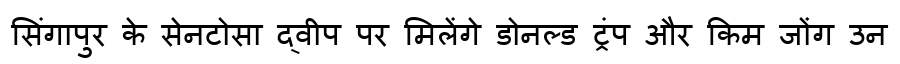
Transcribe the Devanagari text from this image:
सिंगापुर के सेनटोसा द्वीप पर मिलेंगे डोनल्ड ट्रंप और किम जोंग उन